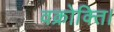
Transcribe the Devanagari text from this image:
वक्रोक्ति।